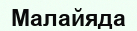
Малайяда